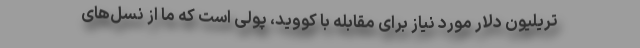
تریلیون دلار مورد نیاز برای مقابله با کووید، پولی است که ما از نسل‌های